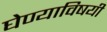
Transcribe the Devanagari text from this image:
घेण्‍याविषयी